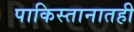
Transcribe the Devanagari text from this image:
पाकिस्तानातही